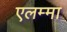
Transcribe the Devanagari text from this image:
एलम्‍मा